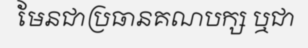
មែនជាប្រធានគណបក្ស ឬជា